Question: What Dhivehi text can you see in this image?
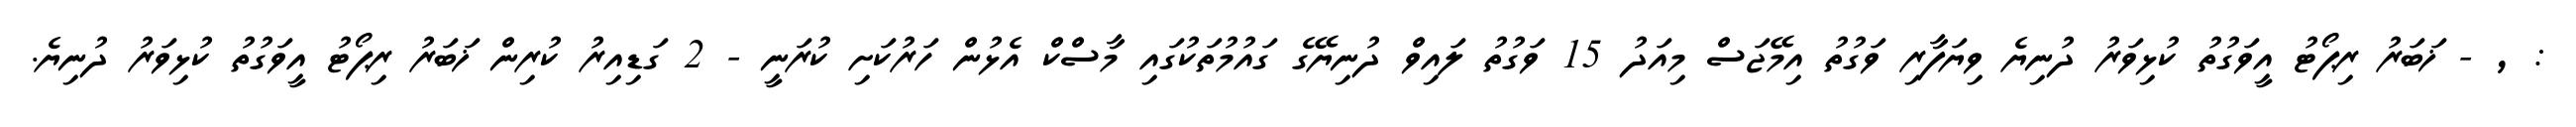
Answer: : , - ޚަބަރު ރިޕޯޓު އީވަގުތު ކުޅިވަރު ދުނިޔެ ވިޔަފާރި ވަގުތު އިމޭޖަސް މިއަދު 15 ވަގުތު ލައިވް ދުނިޔޭގެ ގައުމުތަކުގައި މާސްކް އެޅުން ހަރުކަށި ކުރަނީ - 2 ގަޑިއިރު ކުރިން ޚަބަރު ރިޕޯޓު އީވަގުތު ކުޅިވަރު ދުނިޔެ.